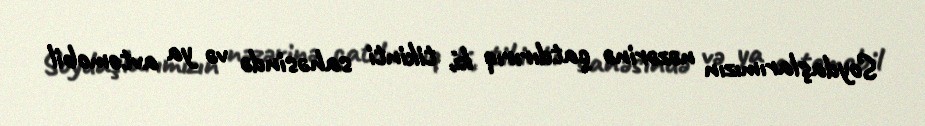
Soydaşlarımızın nəzərinə çatdırırıq ki, tikinti sahəsində və ya avtomobil